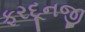
ફરદૂનજી